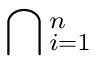
\bigcap { } _ { i = 1 } ^ { n }